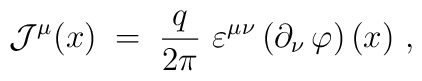
{\mathcal J}^\mu (x)\;=\;\frac{q}{2\pi}~\varepsilon^{\mu\nu}\left(\partial_\nu\,\varphi\right) (x)~,